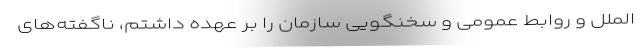
الملل و روابط عمومی و سخنگویی سازمان را بر عهده داشتم، ناگفته‌های